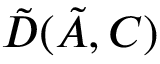
\Tilde { D } ( \Tilde { A } , C )